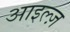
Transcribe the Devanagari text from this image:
आइल्ज़